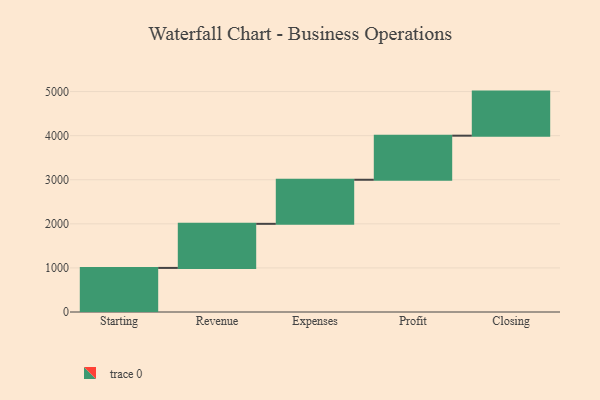
{"axis": {"x": "Step", "y": "Value"}, "legend": [""], "data": [{"x": "Starting", "y": 1000, "type": ""}, {"x": "Revenue", "y": 1000, "type": ""}, {"x": "Expenses", "y": 1000, "type": ""}, {"x": "Profit", "y": 1000, "type": ""}, {"x": "Closing", "y": 1000, "type": ""}]}